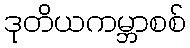
ဒုတိယကမ္ဘာစစ်